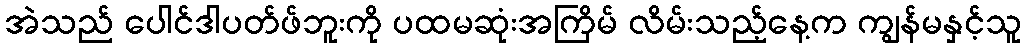
အဲသည် ပေါင်ဒါပတ်ဖ်ဘူးကို ပထမဆုံးအကြိမ် လိမ်းသည့်နေ့က ကျွန်မနှင့်သူ